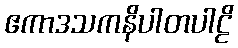
ဧကာဒသကနိပါတပါဠိ